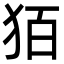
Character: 㹮